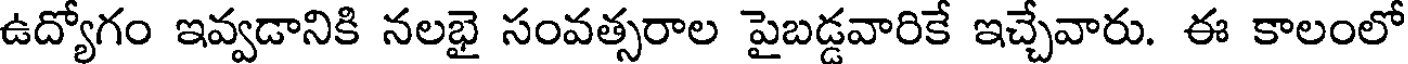
ఉద్యోగం ఇవ్వడానికి నలభై సంవత్సరాల పైబడ్డవారికే ఇచ్చేవారు. ఈ కాలంలో